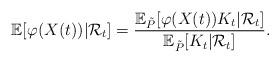
LaTeX: \begin{align*}\mathbb{E}[\varphi(X(t)) | \mathcal{R}_t] = \frac{\mathbb{E}_{\tilde{P}}[\varphi(X(t)) K_t | \mathcal{R}_t]}{\mathbb{E}_{\tilde{P}}[K_t | \mathcal{R}_t]}.\end{align*}